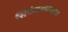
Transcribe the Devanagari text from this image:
सिकंदराबादला